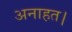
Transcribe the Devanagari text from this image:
अनाहत।